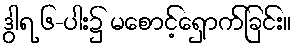
ဒွါရ ၆-ပါး၌ မစောင့်ရှောက်ခြင်း။